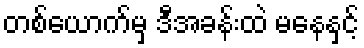
တစ်ယောက်မှ ဒီအခန်းထဲ မနေနှင့်